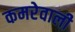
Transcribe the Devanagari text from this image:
कमरेवाली